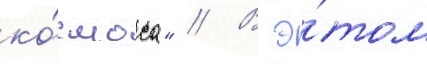
ко́смоса" // В э́том